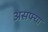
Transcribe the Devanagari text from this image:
असफ्या